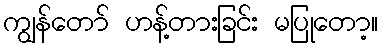
ကျွန်တော် ဟန့်တားခြင်း မပြုတော့။